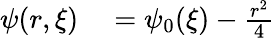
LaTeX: \begin{array}{rl}{\psi(r,\xi)}&{{}=\psi_{0}(\xi)-\frac{r^{2}}{4}}\end{array}